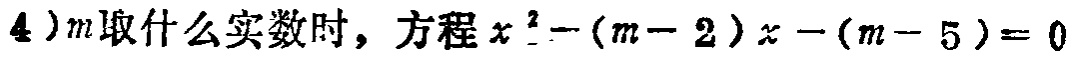
$4)m取什么实数时，方程x^{2}-(m - 2)x-(m - 5)=0$